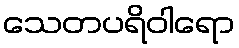
သေတပရိဝါရော